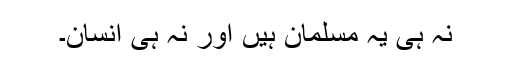
نہ ہی یہ مسلمان ہیں اور نہ ہی انسان۔